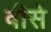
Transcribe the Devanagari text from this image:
वीसे